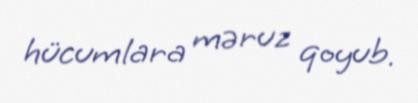
hücumlara məruz qoyub.